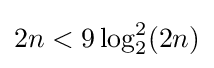
2n<9\log _{2}^{2}(2n)